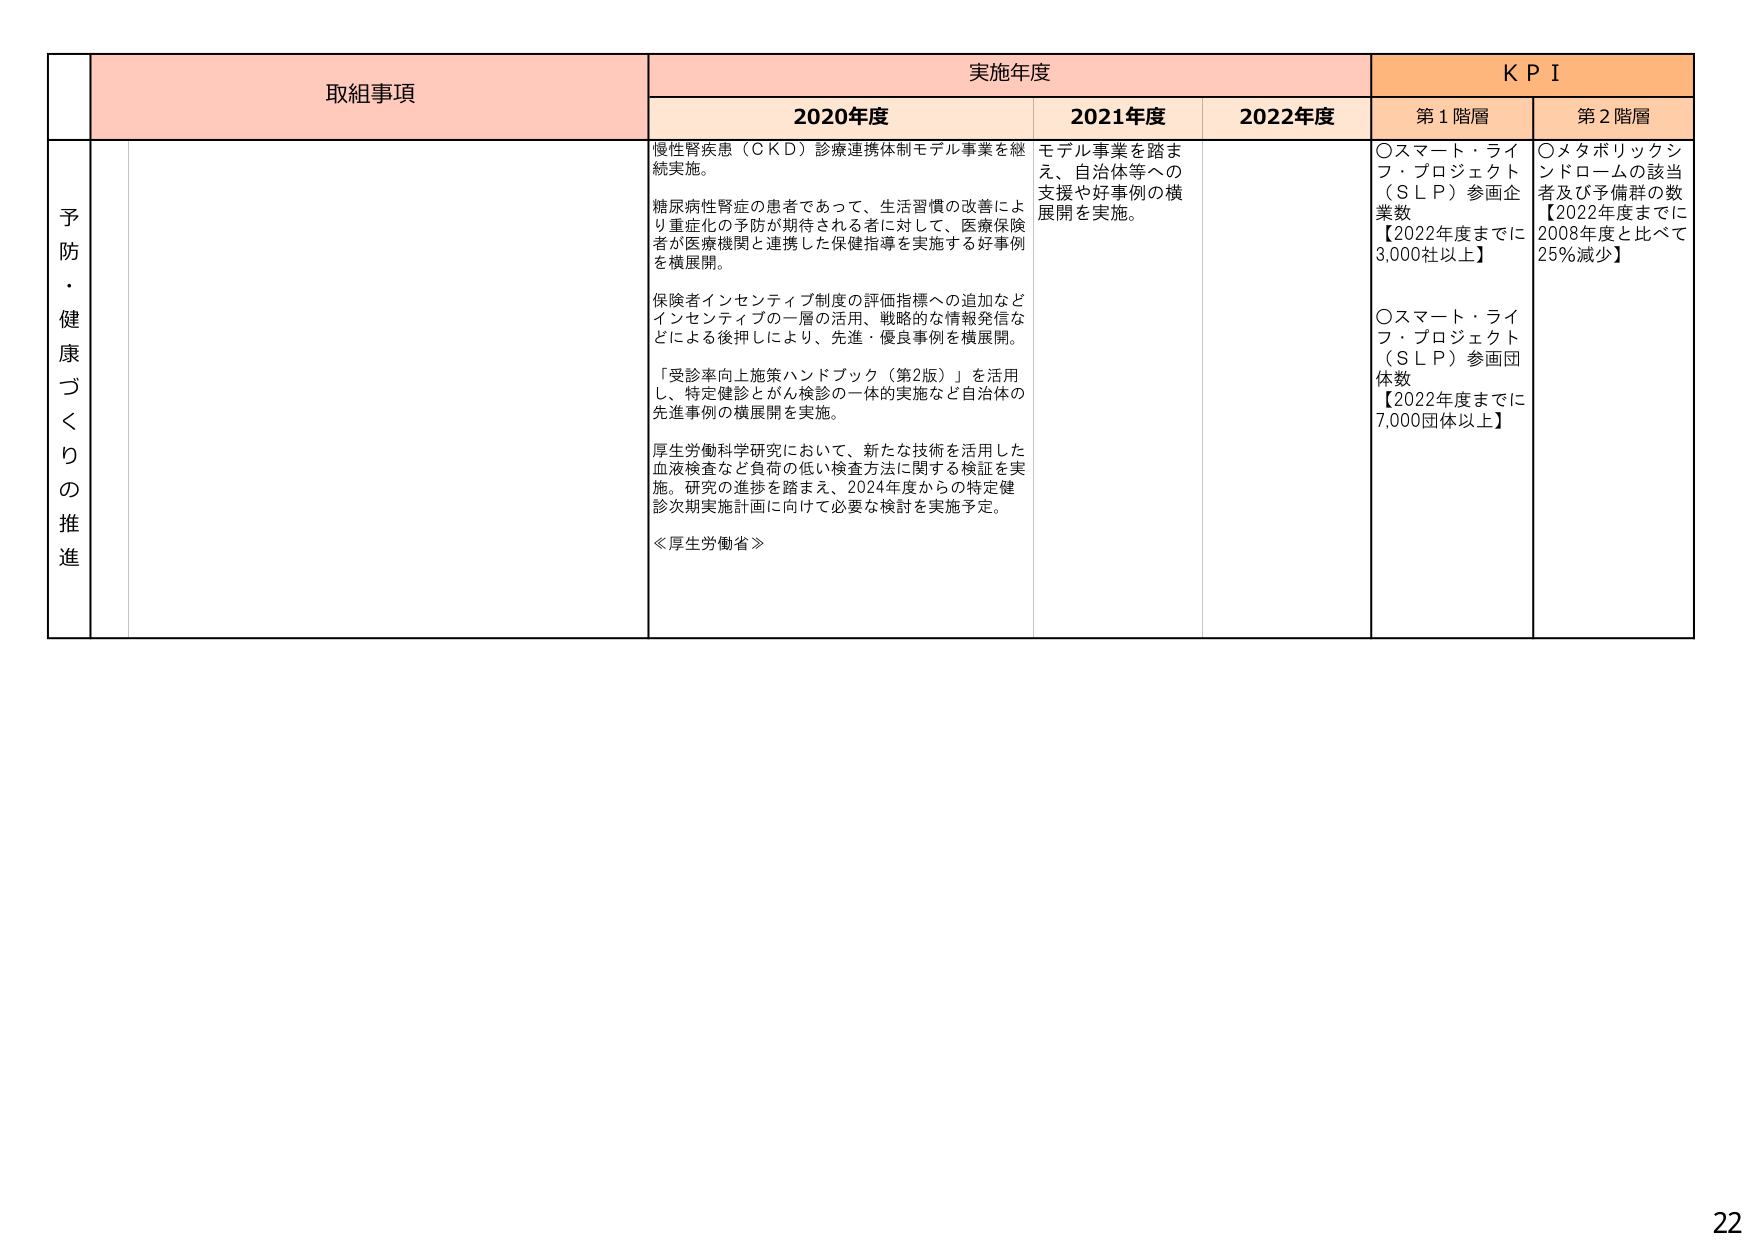
予防・健康づくりの推進

取組事項

実施年度

KPI

2020年度

2021年度

2022年度

第1階層

第2階層

慢性腎疾患（ＣＫＤ）診療連携体制モデル事業を継続実施。

糖尿病性腎症の患者であって、生活習慣の改善により重症化の予防が期待される者に対して、医療保険者が医療機関と連携した保健指導を実施する好事例を横展開。

保険者インセンティブ制度の評価指標への追加などインセンティブの一層の活用、戦略的な情報発信などによる後押しにより、先進・優良事例を横展開。

「受診率向上施策ハンドブック（第2版）」を活用し、特定健診とがん検診の一体的実施など自治体の先進事例の横展開を実施。

厚生労働科学研究において、新たな技術を活用した血液検査など負荷の低い検査方法に関する検証を実施。研究の進捗を踏まえ、2024年度からの特定健診次期実施計画に向けて必要な検討を実施予定。

≪厚生労働省≫

モデル事業を踏まえ、自治体等への支援や好事例の横展開を実施。

〇スマート・ライフ・プロジェクト（ＳＬＰ）参画企業数
【2022年度までに3,000社以上】

〇スマート・ライフ・プロジェクト（ＳＬＰ）参画団体数
【2022年度までに7,000団体以上】

〇メタボリックシンドロームの該当者及び予備群の数
【2022年度までに2008年度と比べて25％減少】

22